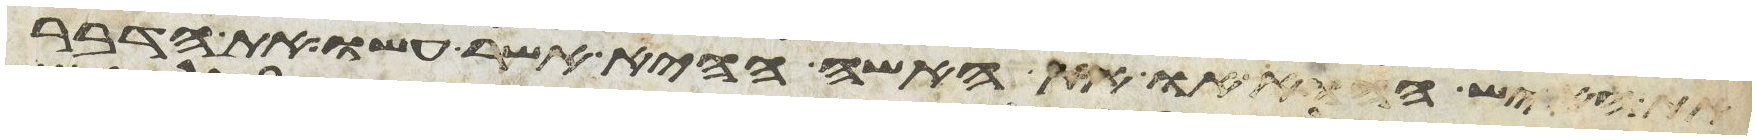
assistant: את האיש ההוא או את האשה ההיא אשר עשו את הדבר